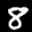
Label: 8